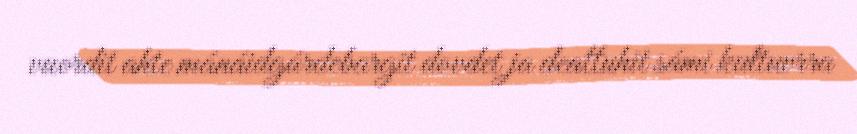
vuordit ahte mánáidgárdebargit dovdet ja deattuhit sámi kultuvrra